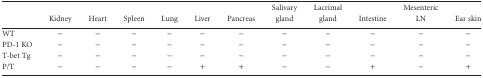
|  | Kidney | Heart | Spleen | Lung | Liver | Pancreas | Salivary gland | Lacrimal gland | Intestine | Mesenteric LN | Ear skin |
 | --- | --- | --- | --- | --- | --- | --- | --- | --- | --- | --- | --- |
 | WT | − | − | − | − | − | − | − | − | − | − | − |
 | PD-1 KO | − | − | − | − | − | − | − | − | − | − | − |
 | T-bet Tg | − | − | − | − | − | − | − | − | − | − | − |
 | P/T | − | − | − | − | + | + | − | − | + | − | + |